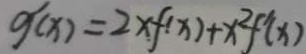
g ^ { \prime } ( x ) = 2 x f ( x ) + x ^ { 2 } f ^ { \prime } ( x )